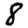
Digit: 8